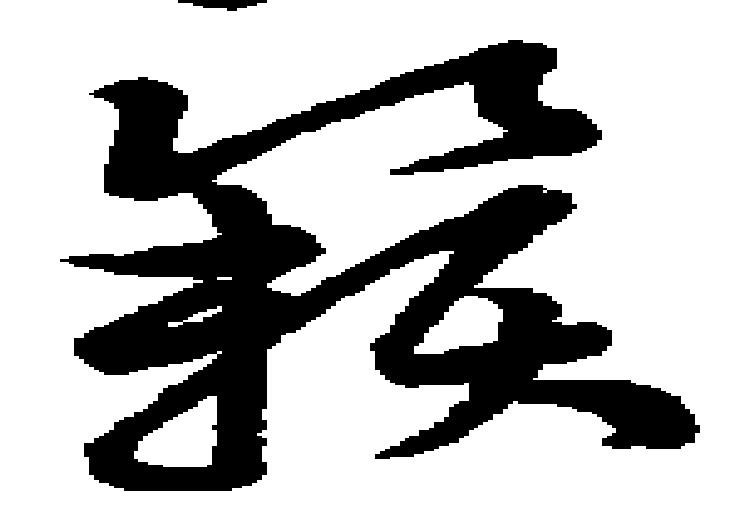
籟